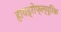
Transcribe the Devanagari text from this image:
हायड्रोफ्ल्यूरिक